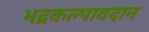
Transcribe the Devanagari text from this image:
भद्रकल्पावदान